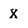
Character: X